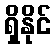
ရှိနိုင်